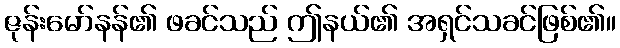
ဇုန်းမော်နန်၏ ဖခင်သည် ဤနယ်၏ အရှင်သခင်ဖြစ်၏။